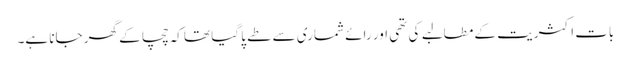
بات اکثریت کے مطالبے کی تھی اور رائے شماری سے طے پا گیا تھا کہ چچا کے گھر جانا ہے۔